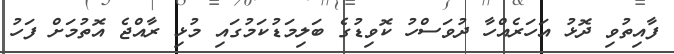
ފާއިތުވި ދޮޅު އަހަރެއްހާ ދުވަސްހު ކޮވިޑުގެ ބަލިމަޑުކަމުގައި މުޅި ރާއްޖެ އޮތުމަށް ފަހު